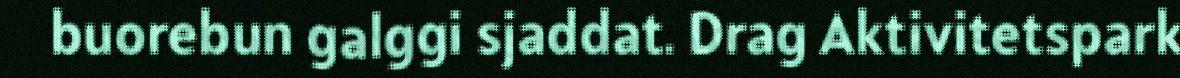
buorebun galggi sjaddat. Drag Aktivitetspark